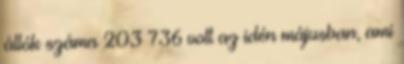
állók száma 203 736 volt az idén májusban, ami